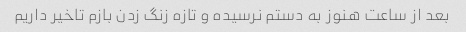
بعد از ساعت هنوز به دستم نرسیده و تازه زنگ زدن بازم تاخیر داریم